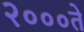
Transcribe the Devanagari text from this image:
२०००ते